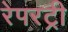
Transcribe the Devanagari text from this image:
रेपरट्री